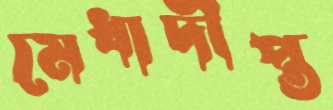
মেধাদীপ্ত